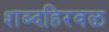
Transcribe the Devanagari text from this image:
शब्दहिरवळ